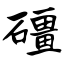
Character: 礓